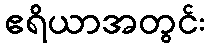
ဧရိယာအတွင်း